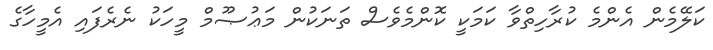
ކަލޭމެން އެންމެ ކުރާހިތްވާ ކަމަކީ ކޮންމެވެސް ތަނަކުން މަޢުޞޫމް މީހަކު ނެރެފައި އެމީހާގެ